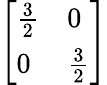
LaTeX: \left[\begin{array}{ll}{{\frac{3}{2}}}&{0}\\ {0}&{{\frac{3}{2}}}\end{array}\right]